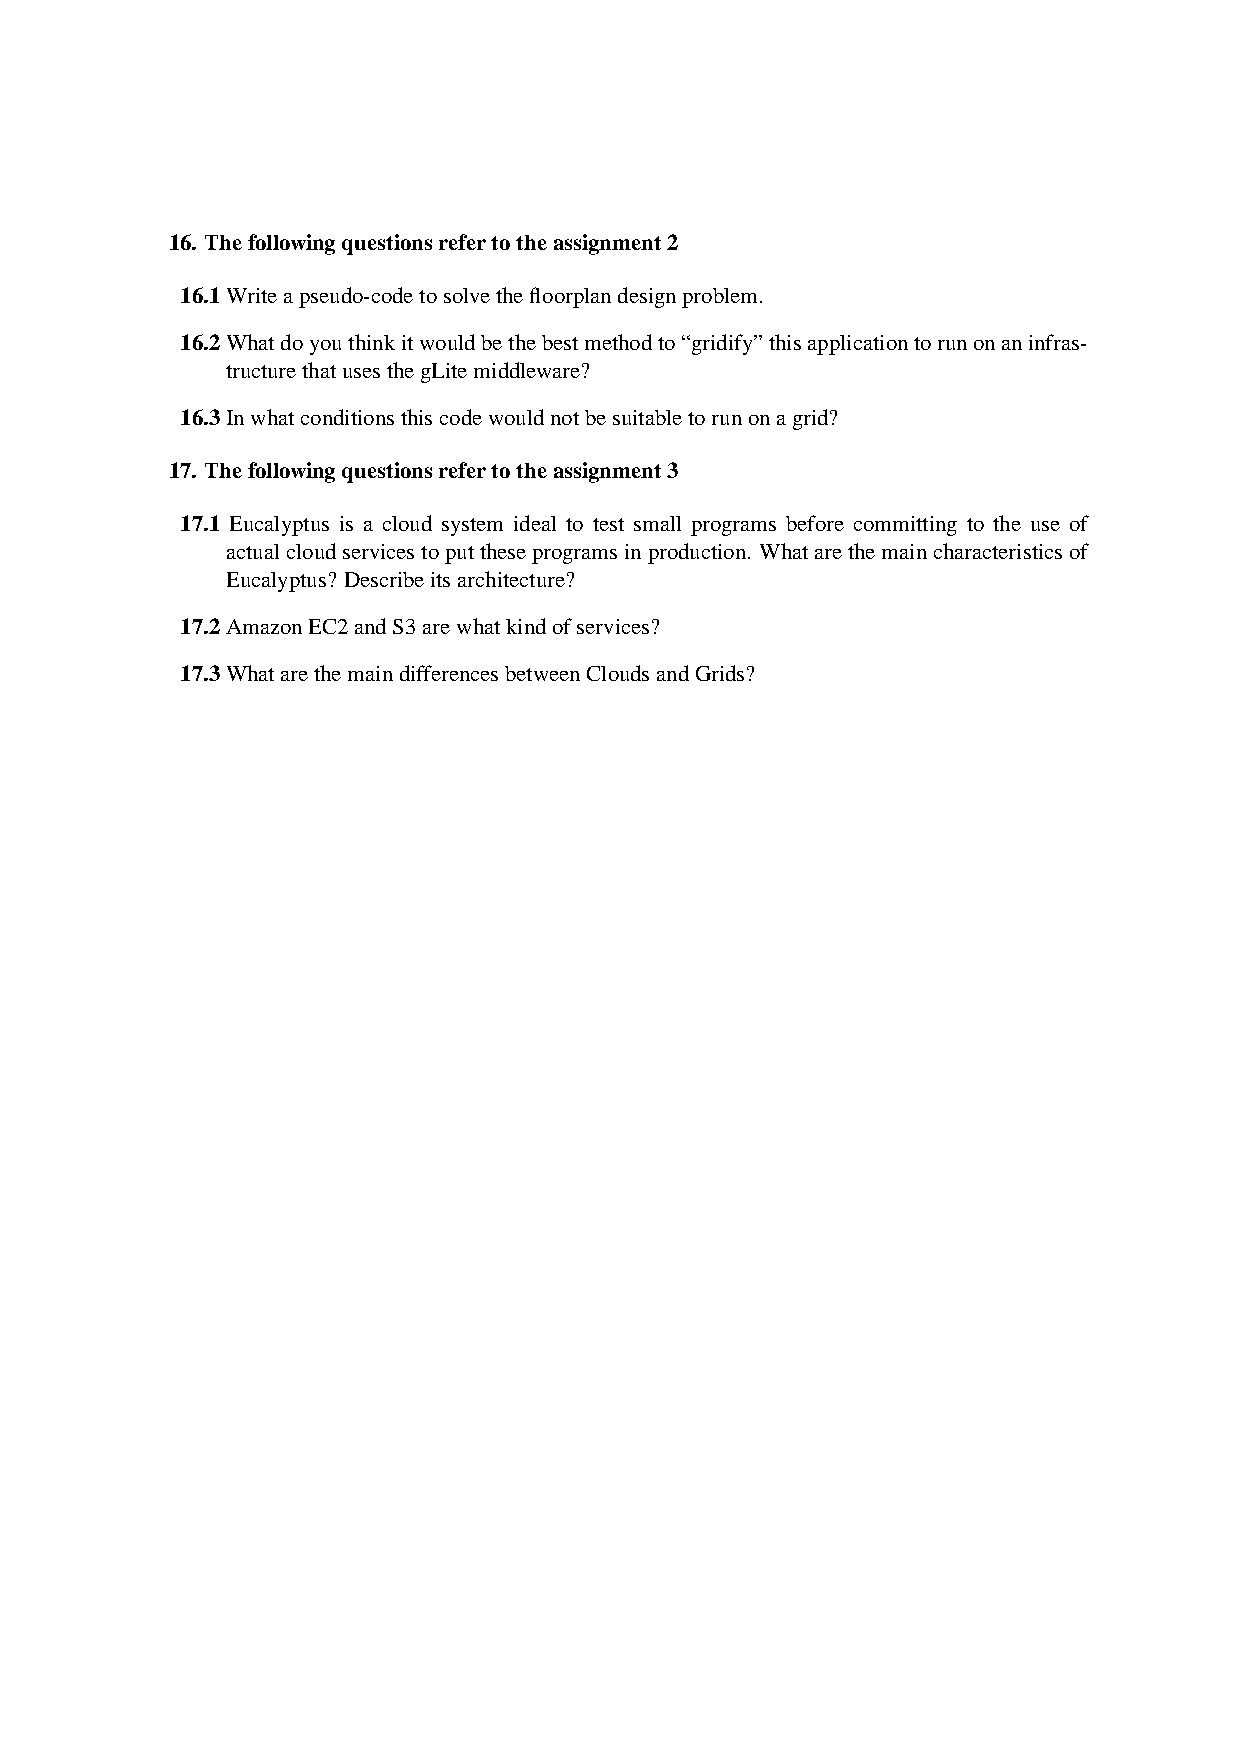
16. Thefollowingquestionsrefertotheassignment2
 16.1Writeapseudo-codetosolvethefloorplandesignproblem.
 16.2Whatdoyouthinkitwouldbethebestmethodto“gridify”thisapplicationtorunonaninfras-
 tructurethatusesthegLitemiddleware?
 16.3Inwhatconditionsthiscodewouldnotbesuitabletorunonagrid?
 17. Thefollowingquestionsrefertotheassignment3
 17.1 Eucalyptus is a cloud system ideal to test small programs before committing to the use of
 actualcloudservicestoputtheseprogramsinproduction. Whatarethemaincharacteristicsof
 Eucalyptus? Describeitsarchitecture?
 17.2AmazonEC2andS3arewhatkindofservices?
 17.3WhatarethemaindifferencesbetweenCloudsandGrids?